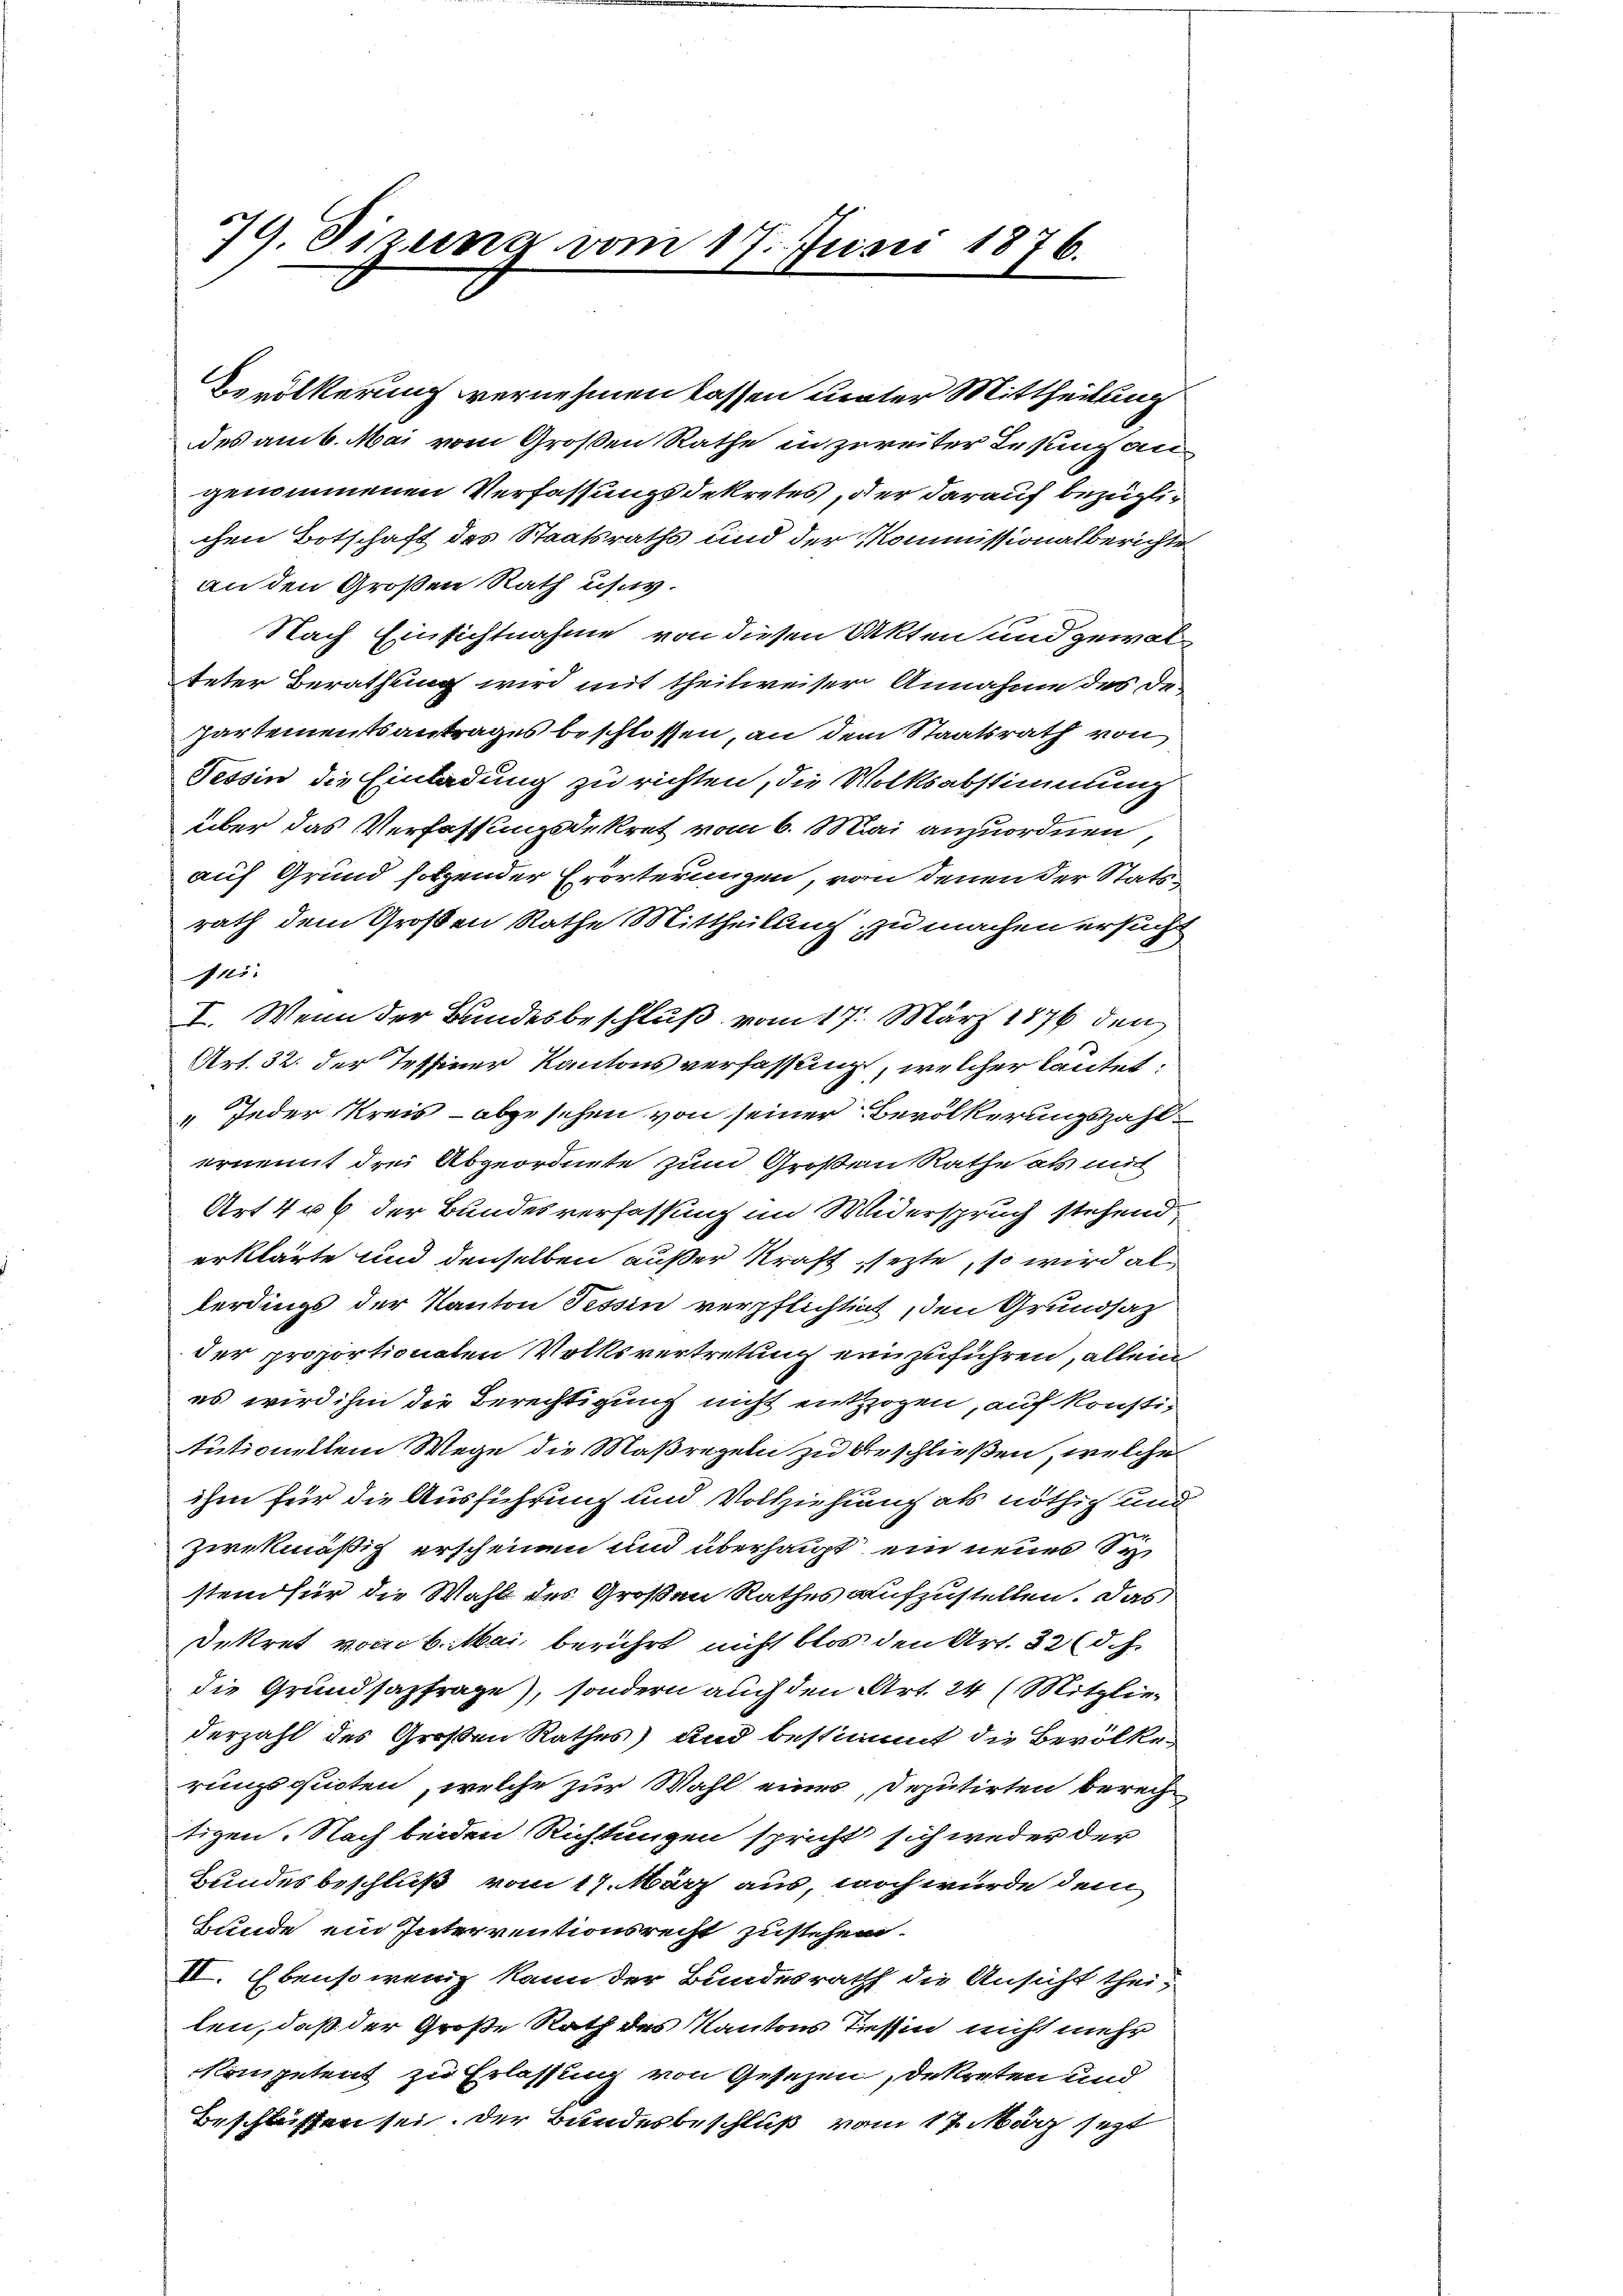
79. dirung vom 17. Juni 1876.

fui
Bunde ein Interventionsrecht zustehen.
II. Ebensowenig kann der Bundesrath die Ansicht thei-
len, daß der Große Rath des Kantons Tessin nicht mehr
kompetent zu Erlassung von Gesezen, dekreten und
Beschlüssen sei. Der Bundesbeschluß vom 17. März sezt

Bevölkerung vernehmen lassen unter Mittheilung
des am 6. Mai vom Großen Rathe in zureiter Lesung angenommenen Verfassungsdekretes, der darauf bezüglichen Botschaft des Staatsraths und der Kommissionalberichte
an den Großen Rath usw.
Nach Einsichtnahme von diesen Akten und gewalteter Berathung wird mit theilweiser Annahme des De¬
Partementsantrages beschlossen, an dem Staatsrath von
Tessin die Einladung zu richten, die Volksabstimmung
über das Verfassungsdekret vom 6. Mai anzuordnen,
auf Grund solzender Erörterungen, von denen der Stats-
rath dem Großen Rathe Mittheilung, zu machen ersucht
I. Wenn der Bundesbeschluß vom 17. März 1876 den
Art. 32. der Tessiner Kantons verfassung, welcher lautet:
" Jeder Kreis - abgesehen von seiner Bevölkerungszahlernent drei Abgeordnete zum Großen Rathe als mit
Art 4 u 6 der Bundesverfassung im Widerspruch stehend.
erklärte und denselben außer Kraft sezte, so wird als
terdings der Kanton Tessin verpflichtigt, den Grundsatz
der proportionaten Volksvertretung einzuführen, allein
es wird ihm die Berechtigung nicht entzogen, auf konstitutionellem Wege die Maßregeln zu beschließen, welche
ihm für die Ausführung und Vollziehung als nöthig und
zwekmäßig erscheinen und überhaupt ein neues Se
stem für die Wahl des Großen Rathes aufzustellen. Das
Dekret vom 6. Mai berührt, nicht blos den Art. 32 (d. h.
die Grundsazfrage), sondern auch den Art. 24 (Mitgliederzahl des Großen Rathes) und bestimmt die Bevölkerungsquoten, welche zur Wahl eines Deputirten berech
tigen. Nach beiden Richtungen spricht sich weder der
Bundesbeschluß vom 17. März aus, noch wurde dem